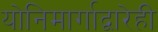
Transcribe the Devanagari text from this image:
योनिमार्गाद्वारेही